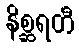
နိစ္ဆရတီ